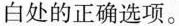
白处的正确选项。